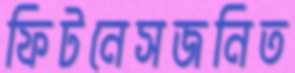
ফিটনেসজনিত